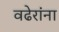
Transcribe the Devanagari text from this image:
वढेरांना